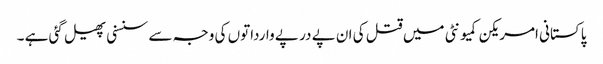
پاکستانی امریکن کمیونٹی میں قتل کی ان پے در پے وارداتوں کی وجہ سے سنسنی پھیل گئی ہے ۔